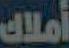
أملاك